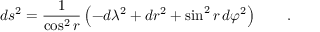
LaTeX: d s ^ { 2 } = \frac 1 { \cos ^ { 2 } r } \left( - d \lambda ^ { 2 } + d r ^ { 2 } + \sin ^ { 2 } r \, d \varphi ^ { 2 } \right) \qquad .